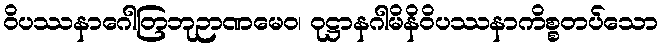
ဝိပဿနာဂေါတြဘုဉာဏမေဝ၊ ဝုဋ္ဌာနဂါမိနိဝိပဿနာကိစ္စတပ်သော